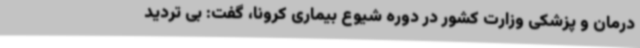
درمان و پزشکی وزارت کشور در دوره شیوع بیماری کرونا، گفت: بی تردید